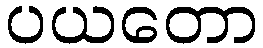
ပယတော